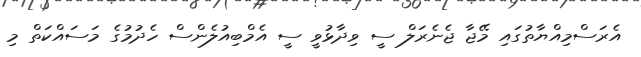
އެރަސްމިއްޔާތުގައި މޭޖާ ޖެނެރަލް ސީ ވިދާޅުވީ ސީ އެމްބިއުލެންސް ހެދުމުގެ މަސައްކަތް މި